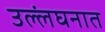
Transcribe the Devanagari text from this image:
उल्लंघनात